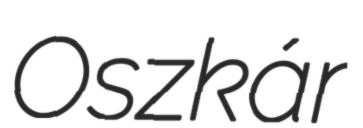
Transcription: Oszkár